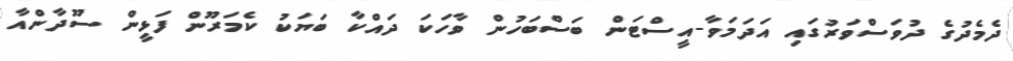
ދެމެދުގެ ދުވަސްވަރުގައި އަދަމަވާ-އީސްޓަން ބަސްބަހުން ވާހަކަ ދައްކާ ބަޔަކު ކެެމަރޫން ފަޅީން ސޫދާންއާ